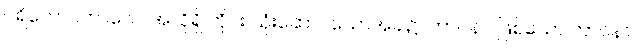
ပရိဘောဂကာလေ၊ အလိုရှိ တိုင်း သုံးဆောင်သောအခါ၌။ ဘာဝနာ၊ ဖြစ်သော ဘာဝနာ